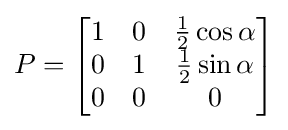
P={\begin{bmatrix}1&0&{\frac {1}{2}}\cos \alpha \\0&1&{\frac {1}{2}}\sin \alpha \\0&0&0\end{bmatrix}}